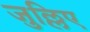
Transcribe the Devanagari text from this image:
जुल्लिए